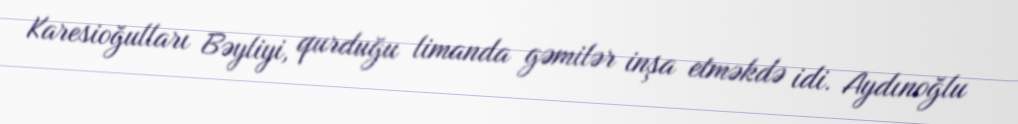
Karesioğulları Bəyliyi, qurduğu limanda gəmilər inşa etməkdə idi. Aydınoğlu